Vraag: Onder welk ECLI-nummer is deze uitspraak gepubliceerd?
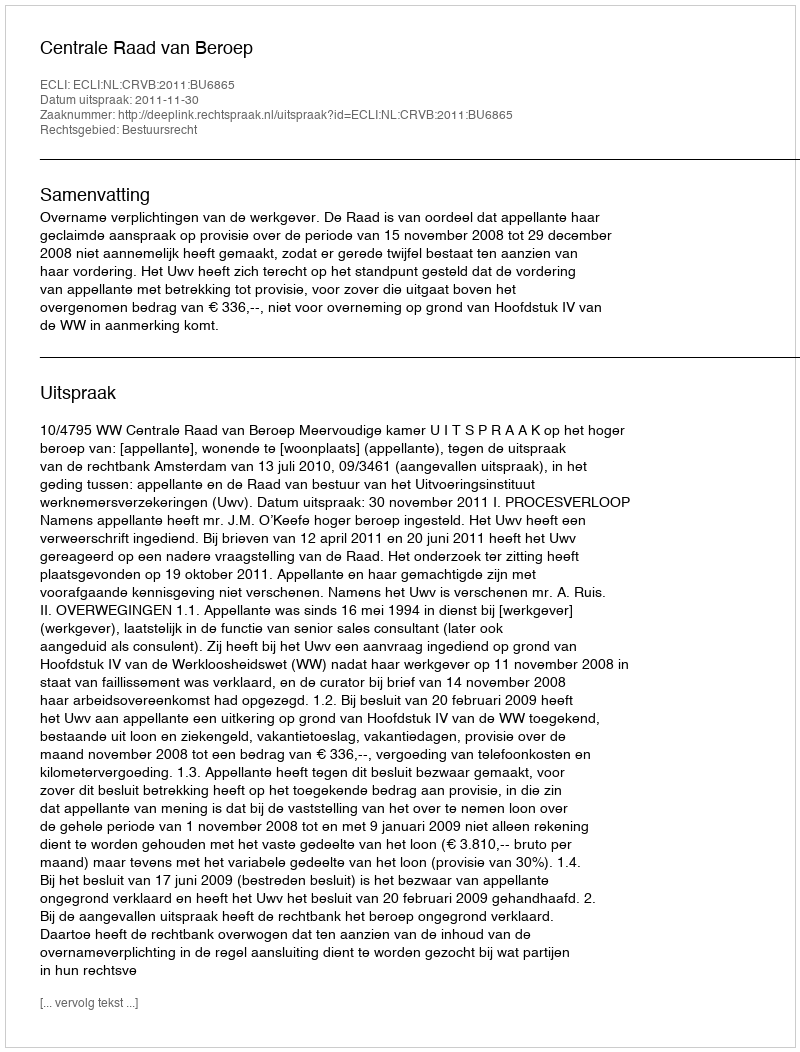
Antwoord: ECLI:NL:CRVB:2011:BU6865